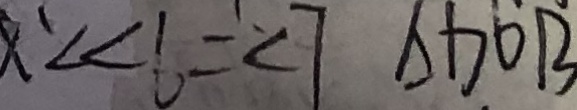
\angle 6 = \angle 7 \Delta D O B